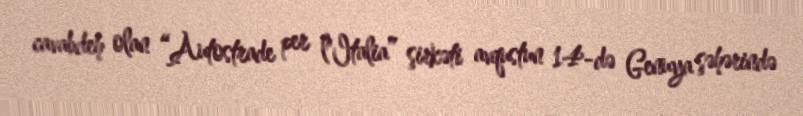
cavabdeh olan “Autostrade per l'Italia” şirkəti avqustun 14-də Genuya şəhərində